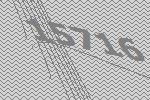
15716